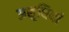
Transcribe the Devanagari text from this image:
अशुधियां